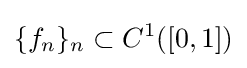
\{f_{n}\}_{n}\subset C^{1}([0,1])